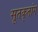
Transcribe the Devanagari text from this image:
सूतकृतांग